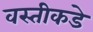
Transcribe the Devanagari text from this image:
वस्तीकडे